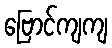
ဗြောင်ကျကျ